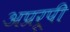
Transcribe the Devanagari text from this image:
अप्ररूपी